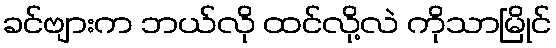
ခင်ဗျားက ဘယ်လို ထင်လို့လဲ ကိုသာမြိုင်